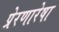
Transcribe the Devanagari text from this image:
प्रेरणारेषा